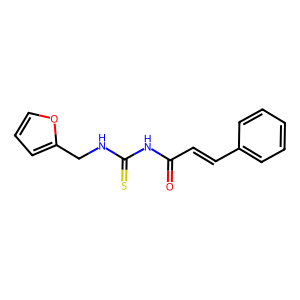
SMILES: O=C(C=Cc1ccccc1)NC(=S)NCc1ccco1
Inhibits HIV replication: No